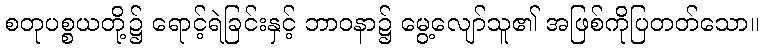
စတုပစ္စယတို့၌ ရောင့်ရဲခြင်းနှင့် ဘာဝနာ၌ မွေ့လျော်သူ၏ အဖြစ်ကိုပြတတ်သော။